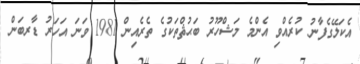
އެކަލޭގެފާނު ކުރެއްވި އެންމެ މަޝްހޫރު ބަޙުޘްތަކުގެ ތެރެއިން 1981 ވަނަ އަހަރު ޑާރބަން